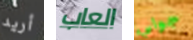
أريد العاب جوالي